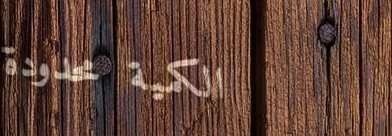
الكمية محدودة